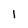
Character: 1